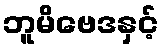
ဘူမိဗေဒနှင့်